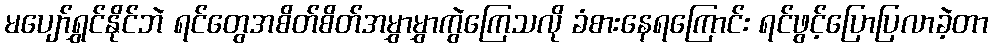
မပျော်ရွှင်နိုင်ဘဲ ရင်တွေအစိတ်စိတ်အမွှာမွှာကွဲကြေသလို ခံစားနေရကြောင်း ရင်ဖွင့်ပြောပြလာခဲ့တာ